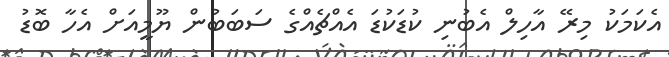
އެކަމަކު މިރޭ އާހިލް އެބުނި ކުޑަކުޑަ އެއްޗެއްގެ ސަބަބުން ޔޫމީއަށް އެހާ ބޮޑު